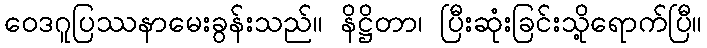
ဝေဒဂူပြဿနာမေးခွန်းသည်။ နိဋ္ဌိတာ၊ ပြီးဆုံးခြင်းသို့ရောက်ပြီ။